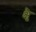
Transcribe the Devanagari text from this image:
क्षैृ